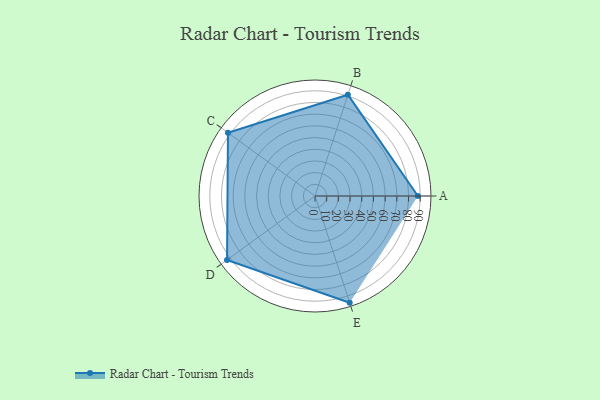
{"axis": {"x": "Skill", "y": "Score"}, "legend": ["Profile"], "data": [{"x": "A", "y": 88.0, "type": "Profile"}, {"x": "B", "y": 91.0, "type": "Profile"}, {"x": "C", "y": 92.0, "type": "Profile"}, {"x": "D", "y": 93.0, "type": "Profile"}, {"x": "E", "y": 96.0, "type": "Profile"}]}